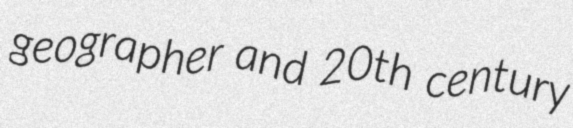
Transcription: geographer and 20th century